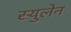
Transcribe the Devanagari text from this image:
स्युलेन